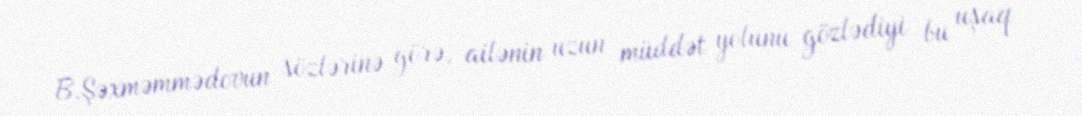
B.Şəxməmmədovun sözlərinə görə, ailənin uzun müddət yolunu gözlədiyi bu uşaq